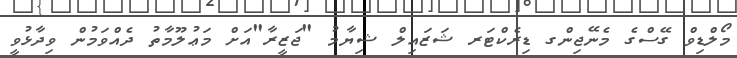
މޯލްޑިވް ގޭސްގެ މެނޭޖިންގ ޑިރެކްޓަރ ޝަޒައިލް ޝިޔާމު "ޖަޒީރާ"އަށް މަޢުލޫމާތު ދެއްވަމުން ވިދާޅުވީ